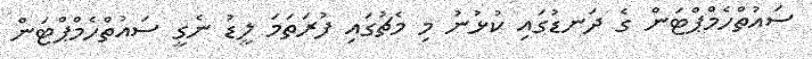
ސައުތްހެމްޕްޓަން ގެ ދަނޑުގައި ކުޅުނު މި މެޗުގައި ފުރަތަމަ ލީޑު ނެގީ ސައުތްހެމްޕްޓަން